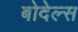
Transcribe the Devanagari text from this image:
बोदेल्स